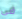
فى